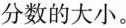
分数的大小。